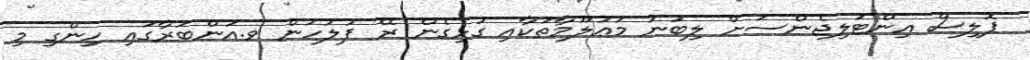
ޕޮލިސް އިންޓަލިޖެންސަށް ލިބުނު މަޢުލޫމާތަކާއި ގުޅިގެން ރޭ ފުލުހުން ވ.އަންބަރާގައި ހިންގި މި